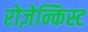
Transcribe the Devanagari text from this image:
रोज़ेन्किस्ट